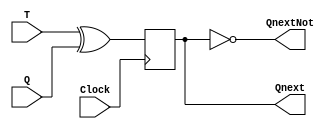
module T_Flip_Flop (T, Clock, Q, Qnext, QnextNot); //Declares module for T Flip Flop

	input wire T,Q, Clock; //defines input wires T, Q, Clock
	output reg Qnext; //defines the output register Qnext
	output QnextNot; //defines output QnextNot
	
	always @(posedge Clock) begin //iniates always @
		Qnext = T ^ Q;	//Defines the logical expression for the T flip flop
		
	end //ends always @
	assign QnextNot = ~Qnext; //assigns an expression for QnextNot
	
endmodule //ends module